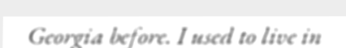
Georgia before. I used to live in